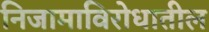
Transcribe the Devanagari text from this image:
निजामाविरोधातील